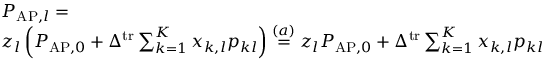
\begin{array} { r l } & { P _ { \mathrm { A P } , l } = } \\ & { z _ { l } \left( P _ { \mathrm { A P } , 0 } + \Delta ^ { \mathrm { t r } } \sum _ { k = 1 } ^ { K } x _ { k , l } p _ { k l } \right) \stackrel { ( a ) } = z _ { l } P _ { \mathrm { A P } , 0 } + \Delta ^ { \mathrm { t r } } \sum _ { k = 1 } ^ { K } x _ { k , l } p _ { k l } } \end{array}